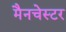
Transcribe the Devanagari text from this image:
मैनचेस्‍टर